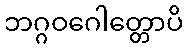
ဘဂ္ဂဝဂေါတ္တောပိ